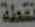
نقطة